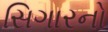
સિગારનો